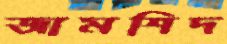
জামশিদ